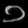
Digit: ၁